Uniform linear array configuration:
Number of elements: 16
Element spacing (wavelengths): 0.75
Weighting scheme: blackman
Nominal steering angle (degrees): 0
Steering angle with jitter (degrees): -1.441
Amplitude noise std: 0.05
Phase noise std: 0.05

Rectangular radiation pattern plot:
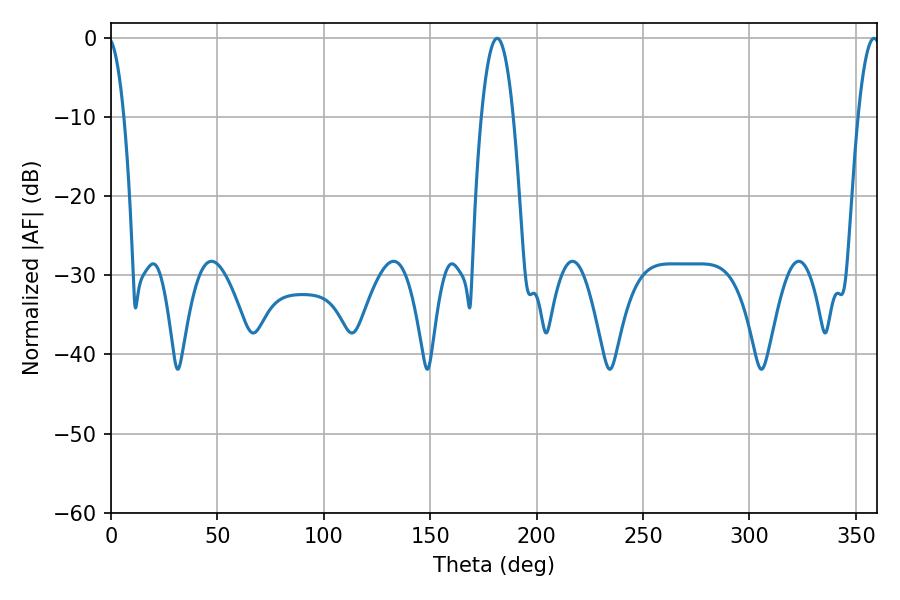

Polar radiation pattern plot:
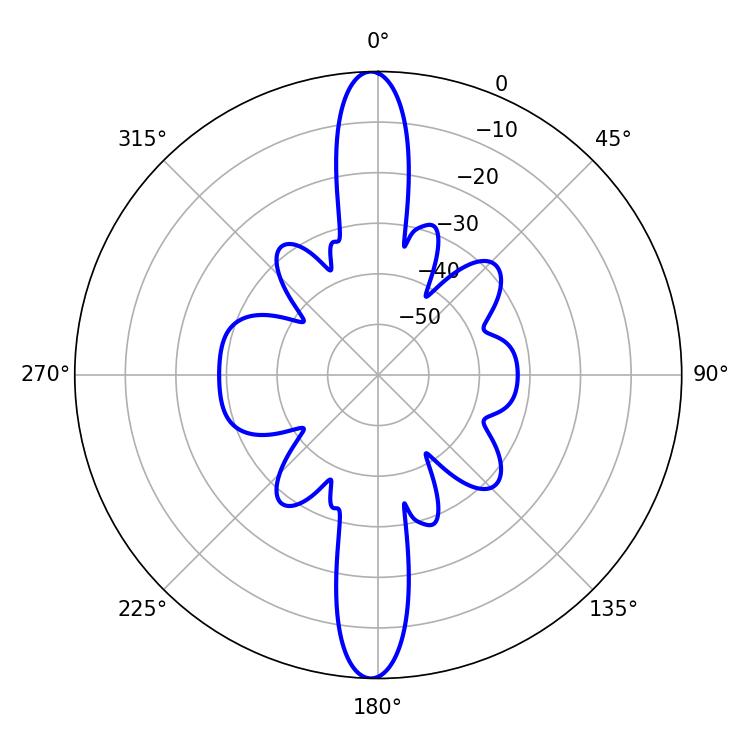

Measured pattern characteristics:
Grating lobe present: TRUE
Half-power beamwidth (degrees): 8.28
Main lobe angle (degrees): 181.44